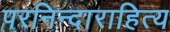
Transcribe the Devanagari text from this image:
परनिन्दाराहित्य